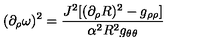
( \partial _ { \rho } \omega ) ^ { 2 } = \frac { J ^ { 2 } [ ( \partial _ { \rho } R ) ^ { 2 } - g _ { \rho \rho } ] } { \alpha ^ { 2 } R ^ { 2 } g _ { \theta \theta } }